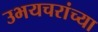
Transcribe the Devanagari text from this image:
उभयचरांच्या